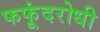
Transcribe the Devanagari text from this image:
फफूंदरोधी